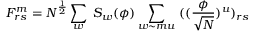
F _ { r s } ^ { m } = N ^ { \frac { 1 } { 2 } } \sum _ { w } \; S _ { w } ( \phi ) \sum _ { w \sim m u } \; ( ( \frac { \phi } { \sqrt N } ) ^ { u } ) _ { r s }